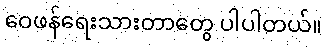
ဝေဖန်ရေးသားတာတွေ ပါပါတယ်။